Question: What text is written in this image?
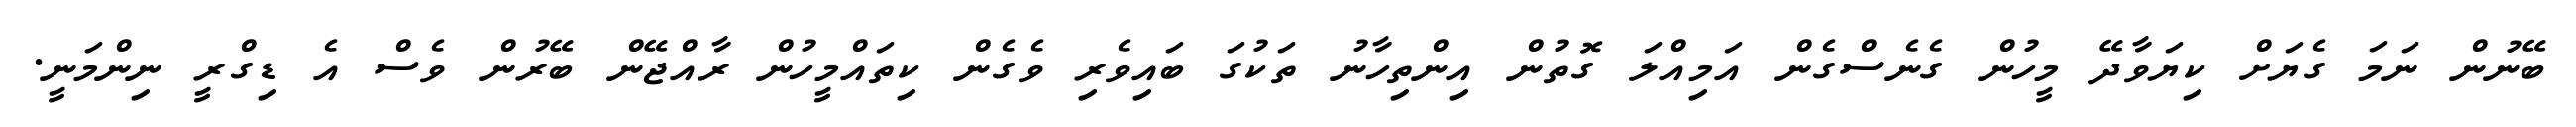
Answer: ބޭނުން ނަމަ ގެޔަށް ކިޔަވާދޭ މީހުން ގެނެސްގެން އަމިއްލަ ގޮތުން އިންތިހާނު ތަކުގަ ބައިވެރި ވެގެން ކިތައްމީހުން ރާއްޖޭން ބޭރުން ވެސް އެ ޑިގްރީ ނިންމަނީ.